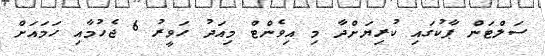
ސަލްޓަން ޕާކުގައި ކުރިޔަށްދާ މި އިވެންޓް މިއަދު ހަވީރު 6 ޖެހުމާއި ހަމައަށް